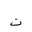
Letter: _ta